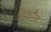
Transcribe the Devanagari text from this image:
डिकगैंग